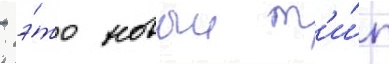
- э́то новыи т'и́п